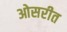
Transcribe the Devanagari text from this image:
ओसरीत